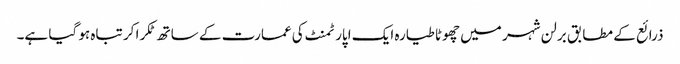
ذرائع کے مطابق برلن شہر میں چھوٹا طیارہ ایک اپارٹمنٹ کی عمارت کے ساتھ ٹکرا کر تباہ ہو گیا ہے۔